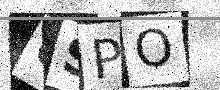
Text: 0SPO